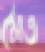
মৈত্র